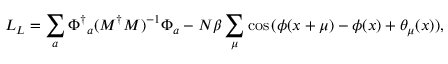
{ \cal L } _ { L } = \sum _ { a } { \Phi ^ { \dagger } } _ { a } ( M ^ { \dagger } M ) ^ { - 1 } \Phi _ { a } - N \beta \sum _ { \mu } \cos { ( \phi ( x + \mu ) - \phi ( x ) + \theta _ { \mu } ( x ) ) } ,